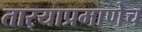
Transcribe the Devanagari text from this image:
तार्‍याप्रमाणेच